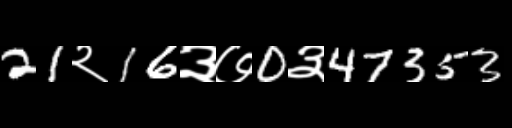
Text: 21२16३७0३47353